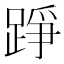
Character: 踭